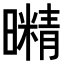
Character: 𭨇